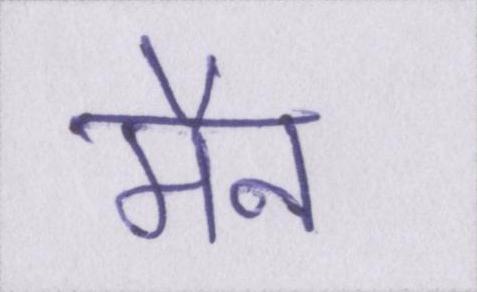
मैन